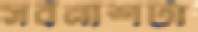
সর্বনাশটা